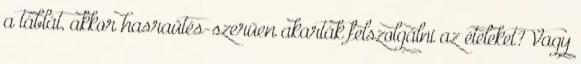
a táblát, akkor hasraütés-szerűen akarták felszolgálni az ételeket? Vagy